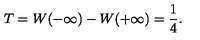
T = W ( - \infty ) - W ( + \infty ) = { \frac { 1 } { 4 } } .